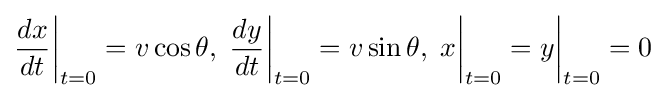
{\frac {dx}{dt}}{\bigg |}_{t=0}=v\cos \theta ,\;{\frac {dy}{dt}}{\bigg |}_{t=0}=v\sin \theta ,\;x{\bigg |}_{t=0}=y{\bigg |}_{t=0}=0